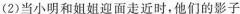
(2)当小明和姐姐迎面走近时，他们的影子